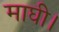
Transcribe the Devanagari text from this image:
माघी।